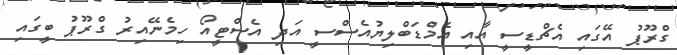
ގްރޫޕު އޭގައި އެޗްޑީސީ އާއި އެމްޑަބްލިޔުއެސްސީ އަދި އެސްޓީއޯ ހިމެނޭއިރު ގްރޫޕު ބީގައި